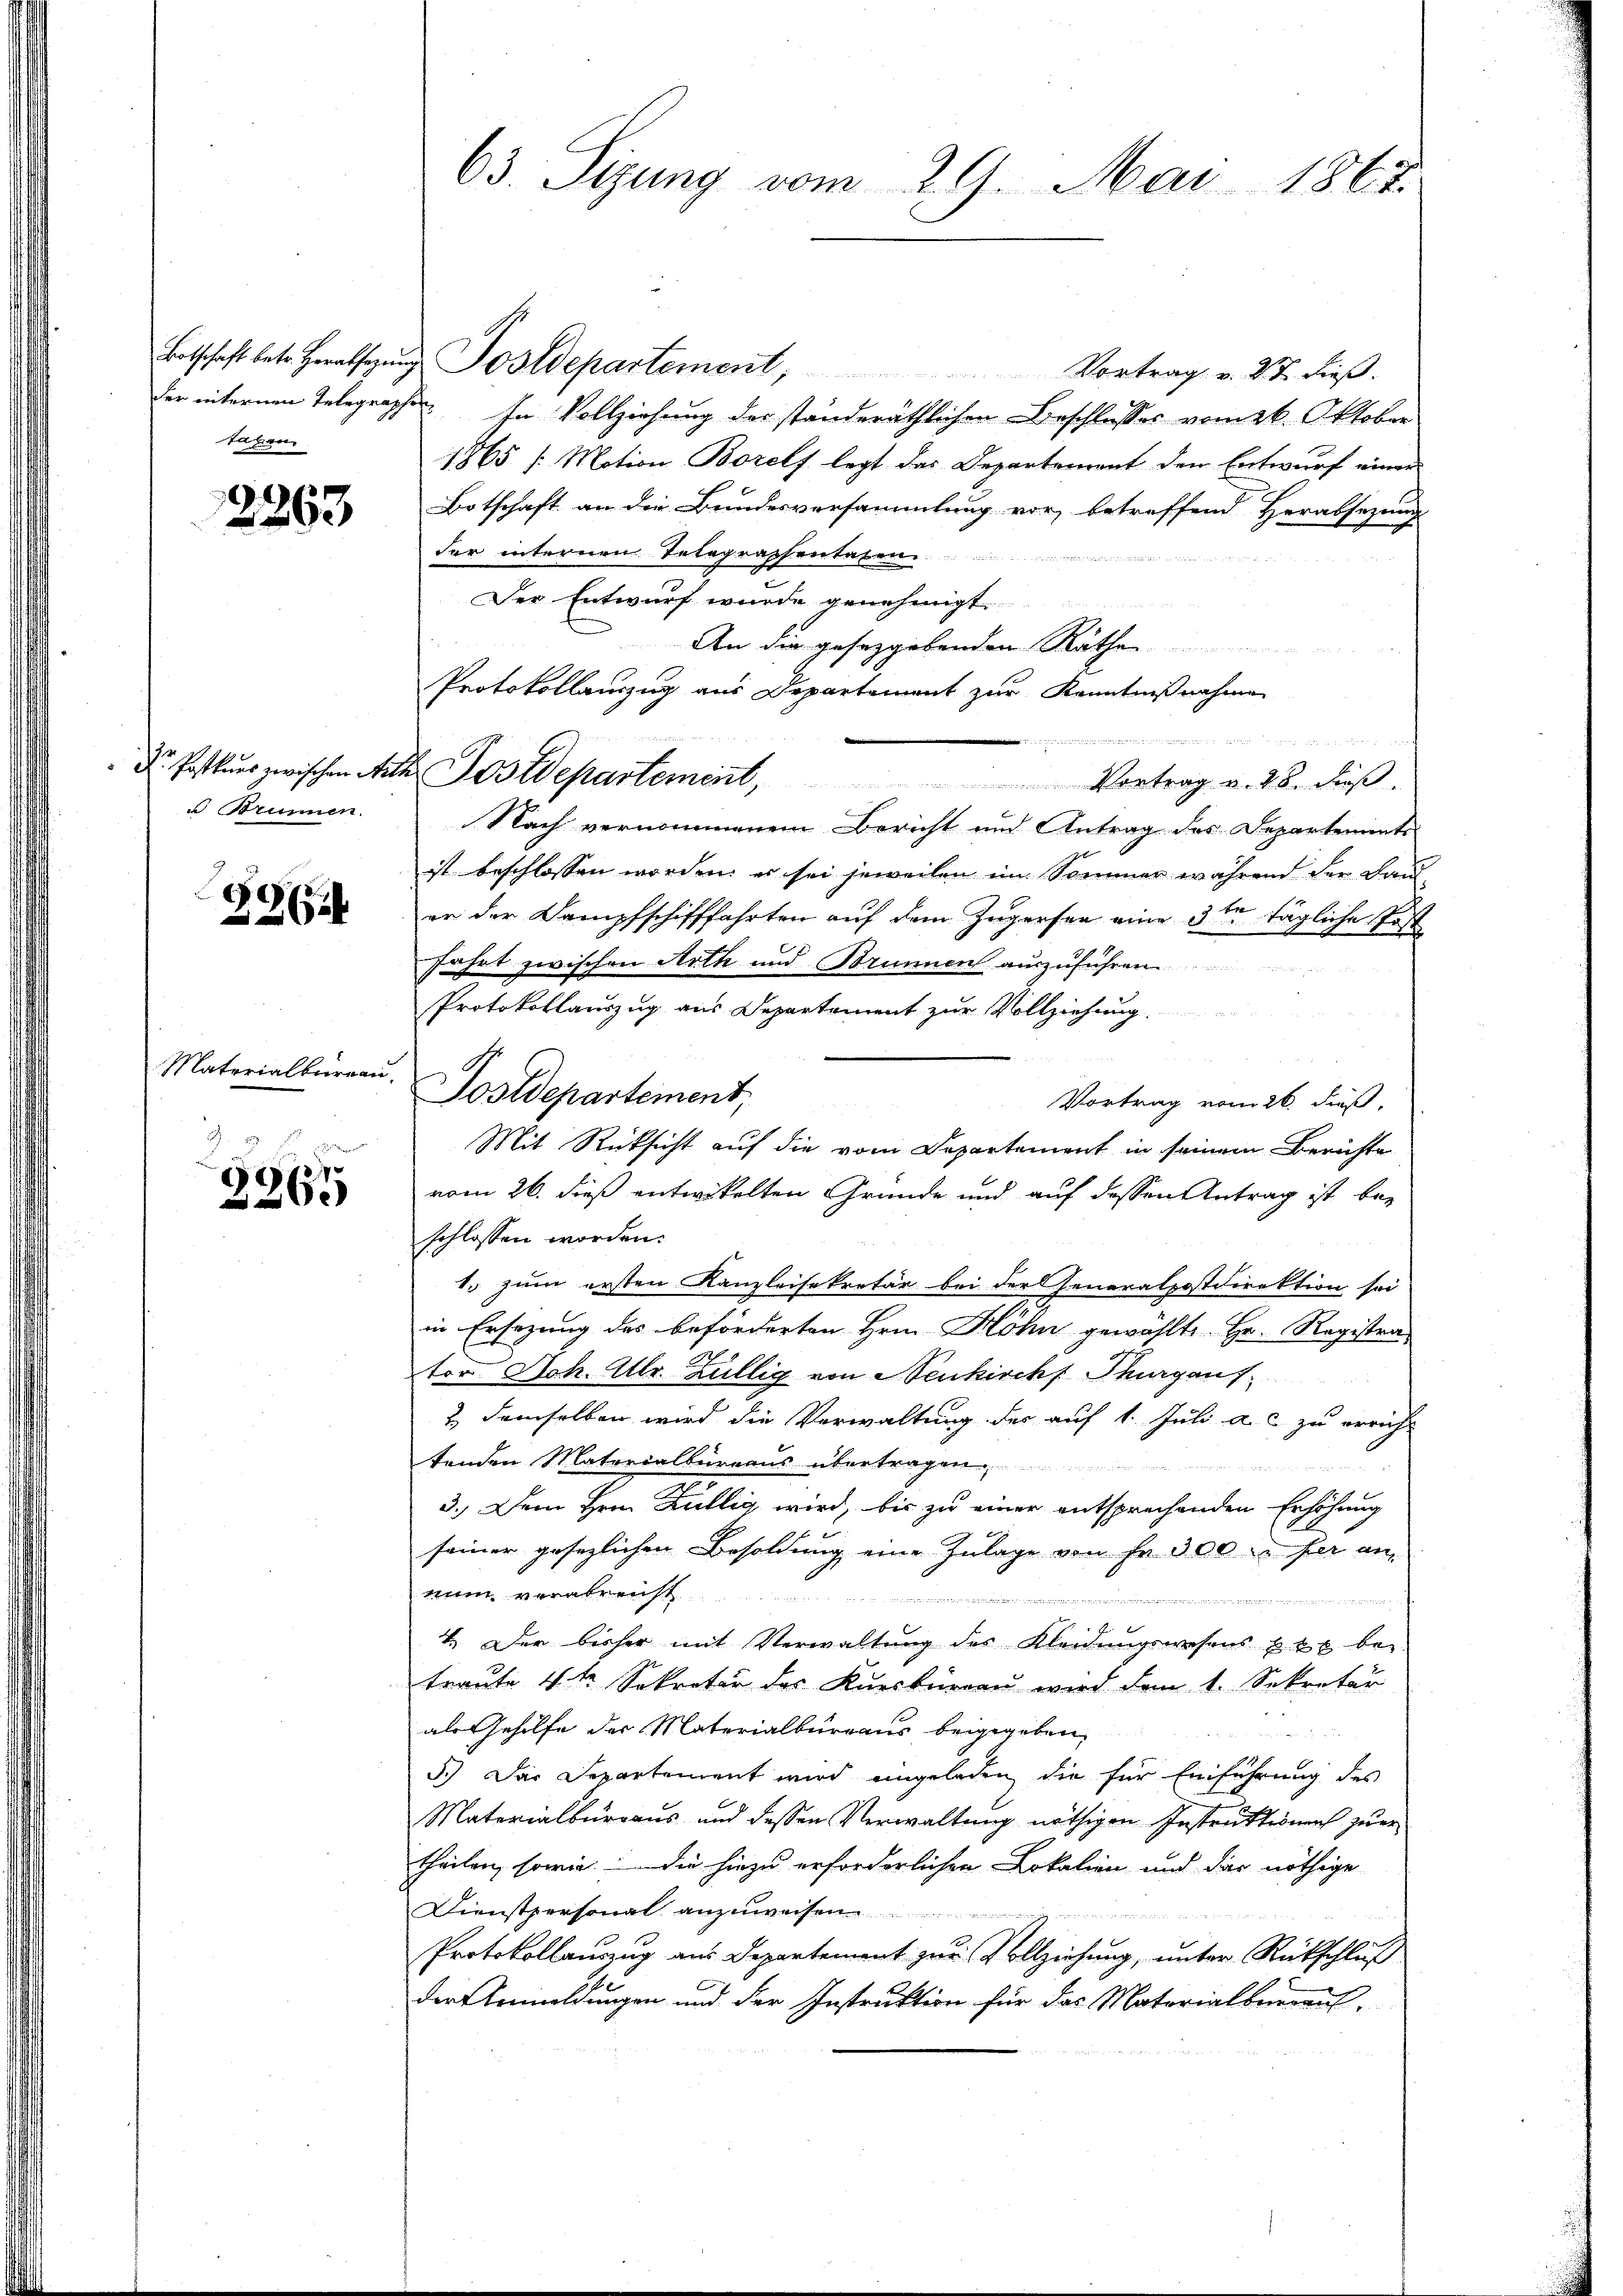
tagen.

2263

u Brunnen.

396

Materialbureau.

2265

63. Sizung vom 29. Mai 1867.

Botschaft betr. Herabsetzŭng Postdepartement, Vortrag v. 27. dieβ.
der internen Telegraphe. In Vollziehung des ständeräthlichen Beschlusses vom 26. Oktober
1865 /: Motion Bozels legt das Departement den Entwurf einer
Botschaft an die Bundesversammlung vor, betreffend Herabsezung
der internen Telegraphentaten

Der Entwurf wurde genehmigt.
An die gesetzgebenden Räthe
Protokollauszug aus Departement zur Kenntnißnahme
Nach vernommenem Bericht und Antrag des Departemente
ist beschlossen worden, es sei jeweilen im Sommer während der Bauer der Dampfschifffahrten auf dem Zugersen eine 3ten tägliche Post
Fahrt zwischen Arth und Brunnen auszuführen
Protokollauszug aus Departement zur Vollziehung.
Vortrag vom 26. dieß,
Mit Rücksicht auf die vom Departement in seinem Berichte
vom 26. dieß entwickelten Gründe und auf dessen Antrag ist bei
schlossen worden.
1o zum ersten Kanzleisekretär bei der Generalpostdirektion sei
in Ersezung des beförderten Hrn. Höhn gewählte. Hr. Registra-
tor Joh. Allr. Züllig von Neukirchs Thurgauf
& demselben wird die Verwaltung der auf 1. Juli a. c. zu erricht
tenden Materialbüreaus übertragen
d
3.) Dem Hrn. Dullig wird, bis zu einer entsprechenden Erhöhung
seiner gesezlichen Besoldung eine Zulage von Fr. 300 her annum verabreist
n

4. Der bisher mit Verwaltung des Kleidungswesens z. Zt. bei.
traute 4te Sekretär des Knerbüreau wird dem 1. Sekretär
als Gehilfe der Materialbureaus beigegeben,
5.) Das Departement wird eingeladen die für Einführung des
Materialbürraus und dessen Verwaltung nöthigen Instruktionen zuer
theilen, sowie die hiezu erforderlichen Lokalien und das nöthige
Dienstpersonal anzŭweisen.

Protokollanzug aus Departement zur Vollziehung, unter Rückschluß
der Anmeldungen und der Instruktion für das Materialbergans,

Tostdepartement,

Dr. Postkas zwischen Acta Jostdepartement, Vortrag v. 28. dieß